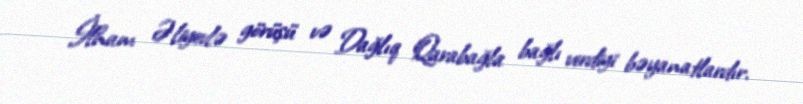
İlham Əliyevlə görüşü və Dağlıq Qarabağla bağlı verdiyi bəyanatlardır.